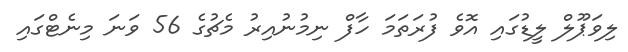
ލިވަޕޫލް ލީޑުގައި އޮވެ ފުރަތަމަ ހާފް ނިމުނުއިރު މެޗުގެ 56 ވަނަ މިނެޓްގައި